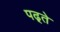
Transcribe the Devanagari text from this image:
पढ़्ते